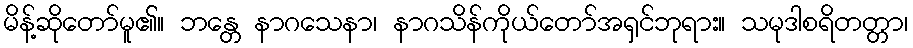
မိန့်ဆိုတော်မူ၏။ ဘန္တေ နာဂသေနာ၊ နာဂသိန်ကိုယ်တော်အရှင်ဘုရား။ သမုဒါစရိတတ္တာ၊